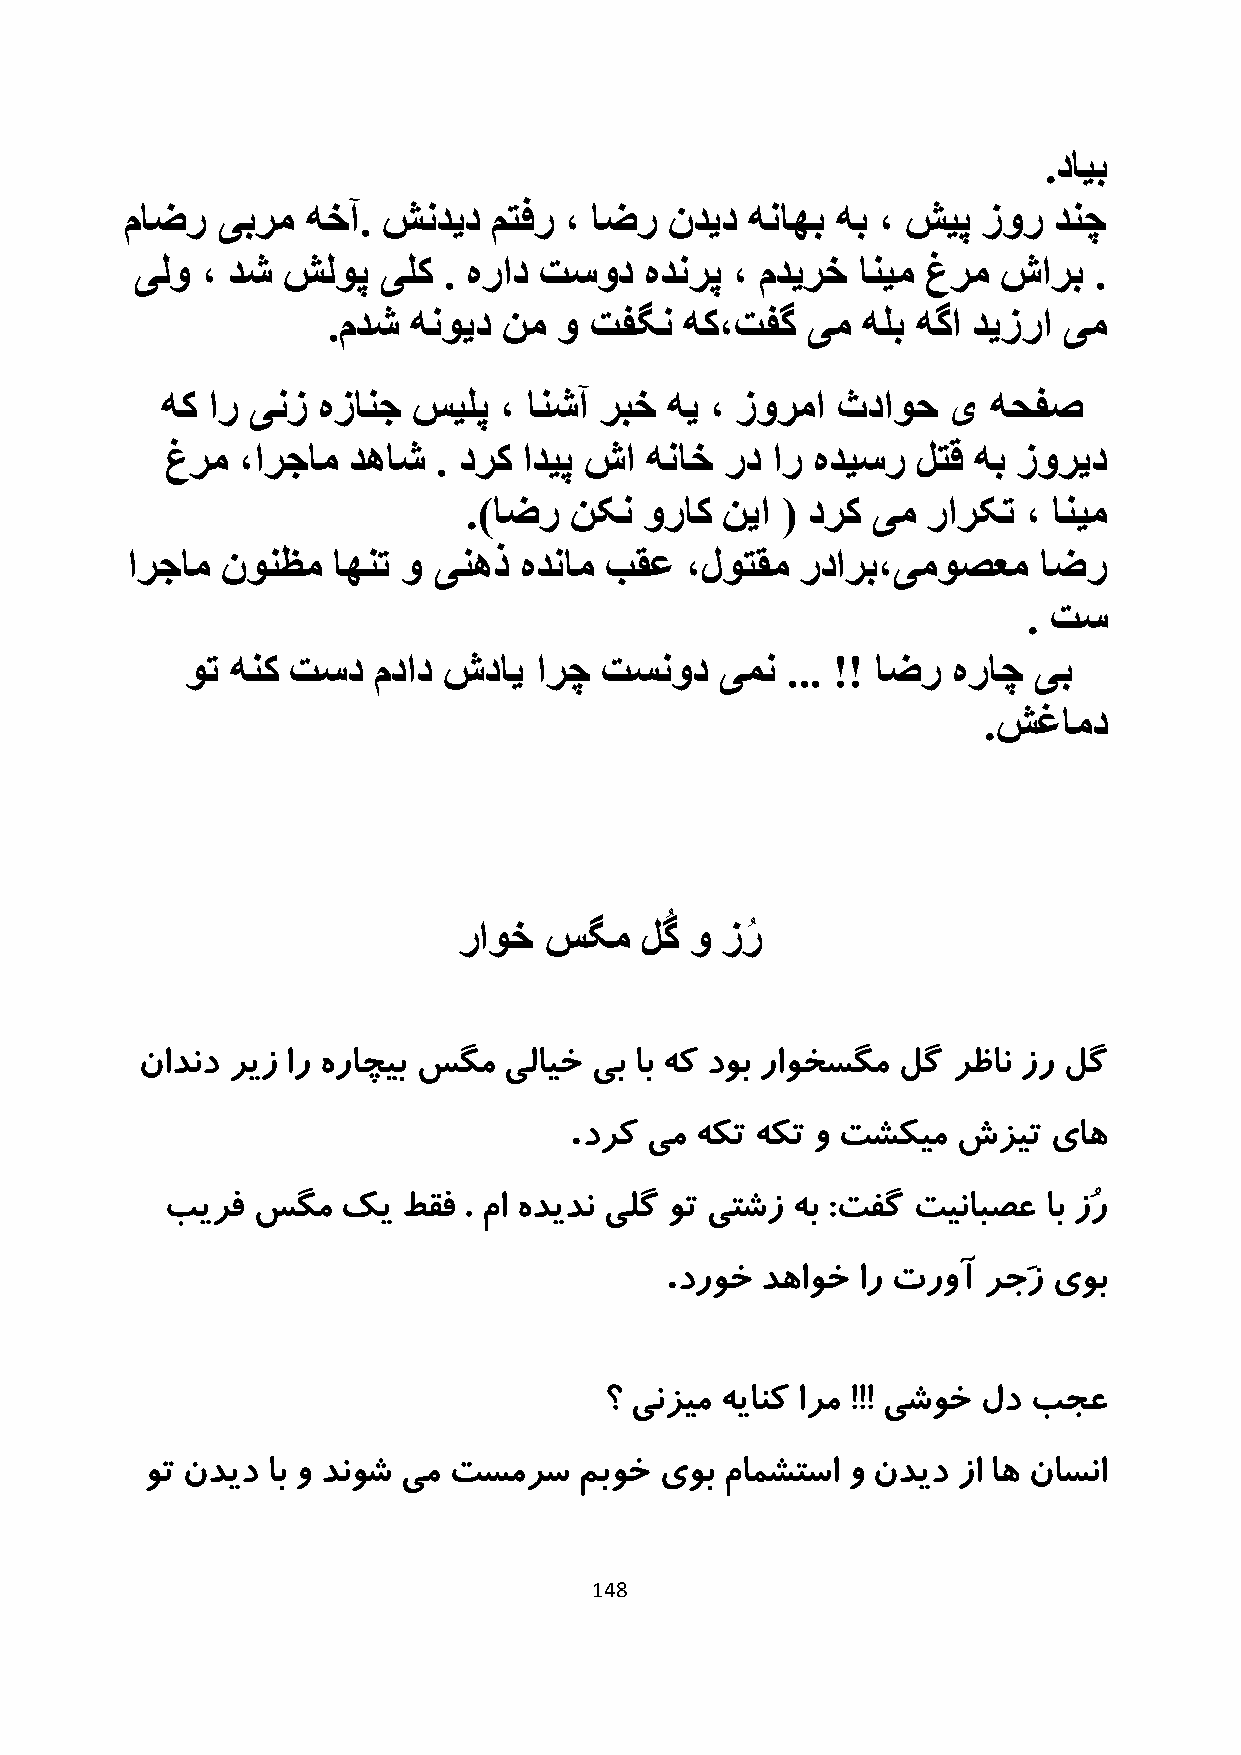
.دايب
 ماضر  یبرم  هخآ. شنديد   متفر ، اضر نديد  هناهب هب ، شيپ زور  دنچ
 یلو ، دش  شلوپ  یلک . هراد تسود   هدنرپ ، مديرخ انيم غرم شارب  .
 .مدش هنويد نم  و تفگن  هک،تفگ  یم  هلب هگا ديزرا یم
 هک ار ینز هزانج سيلپ  ، انشآ ربخ هي ، زورما ثداوح   ی  هحفص
 غرم  ،ارجام دهاش  . درک اديپ شا هناخ رد ار هديسر  لتق هب زوريد
 .)اضر  نکن  وراک نيا ( درک یم رارکت  ، انيم
 ارجام  نونظم  اهنت و ینهذ هدنام بقع  ،لوتقم  ردارب،یموصعم    اضر
 . تس
 وت هنک تسد   مداد شداي ارچ  تسنود   یمن ... !! اضر هراچ یب
 .شغامد
 راوخ  سگم   لگُ و ز رُ
 نادند ریز ار هراچیب سگم یلایخ یب اب هک دوب راوخسگم لگ رظان زر لگ
 .
 درک  یم هکت هکت و تشکیم  شزیت  یاه
 بیرف  سگم   کی  طقف . ما هدیدن یلگ وت یتشز هب :تفگ تینابصع اب زُر
 .
 دروخ دهاوخ  ار تروآ رجَز یوب
 ؟ ینزیم هیانک ارم !!! یشوخ لد بجع
 وت ندید اب و دنوش یم تسمرس  مبوخ  یوب مامشتسا و ندید زا اه ناسنا
 148